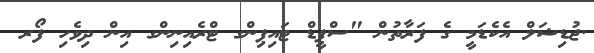
.ޖުޑިޝަލް އެކެޑަމީ ގެ ފަރާތުން "ސްޕީޑް ޓައިޕިންގ ޓްރެއިނިންގ އިން ދިވެހި ފޯރ